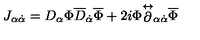
J _ { \alpha \dot { \alpha } } = D _ { \alpha } \Phi \overline { { D } } _ { \dot { \alpha } } \overline { { \Phi } } + 2 i \Phi { \stackrel { \leftrightarrow } { \partial } } _ { \alpha \dot { \alpha } } \overline { { \Phi } }